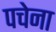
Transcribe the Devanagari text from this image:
पचेना